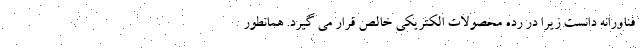
فناورانه دانست زیرا در رده محصولات الکتریکی خالص قرار می گیرد. همانطور